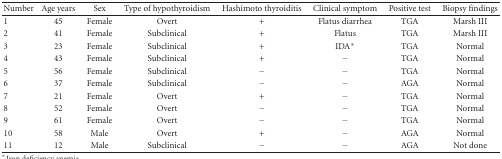
<table><thead><tr><td><b>Number</b></td><td><b>Age years</b></td><td><b>Sex</b></td><td><b>Type of hypothyroidism</b></td><td><b>Hashimoto thyroiditis</b></td><td><b>Clinical symptom</b></td><td><b>Positive test</b></td><td><b>Biopsy findings</b></td></tr></thead><tbody><tr><td>1</td><td>45</td><td>Female</td><td>Overt</td><td>+</td><td>Flatus diarrhea</td><td>TGA</td><td>Marsh III</td></tr><tr><td>2</td><td>41</td><td>Female</td><td>Subclinical</td><td>+</td><td>Flatus</td><td>TGA</td><td>Marsh III</td></tr><tr><td>3</td><td>23</td><td>Female</td><td>Subclinical</td><td>+</td><td>IDA*</td><td>TGA</td><td>Normal</td></tr><tr><td>4</td><td>43</td><td>Female</td><td>Subclinical</td><td>+</td><td>−</td><td>TGA</td><td>Normal</td></tr><tr><td>5</td><td>56</td><td>Female</td><td>Subclinical</td><td>−</td><td>−</td><td>TGA</td><td>Normal</td></tr><tr><td>6</td><td>37</td><td>Female</td><td>Subclinical</td><td>−</td><td>−</td><td>AGA</td><td>Normal</td></tr><tr><td>7</td><td>21</td><td>Female</td><td>Overt</td><td>+</td><td>−</td><td>TGA</td><td>Normal</td></tr><tr><td>8</td><td>52</td><td>Female</td><td>Overt</td><td>−</td><td>−</td><td>TGA</td><td>Normal</td></tr><tr><td>9</td><td>61</td><td>Female</td><td>Overt</td><td>−</td><td>−</td><td>TGA</td><td>Normal</td></tr><tr><td>10</td><td>58</td><td>Male</td><td>Overt</td><td>+</td><td>−</td><td>AGA</td><td>Normal</td></tr><tr><td>11</td><td>12</td><td>Male</td><td>Subclinical</td><td>−</td><td>−</td><td>AGA</td><td>Not done</td></tr></tbody></table>